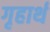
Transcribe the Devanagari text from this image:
गृहार्थ